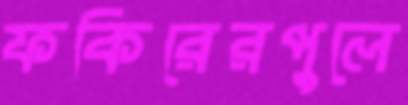
ফকিরেরপুলে